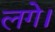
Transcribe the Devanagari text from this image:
लगेे।